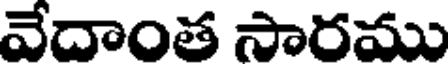
వేదాంత సారము